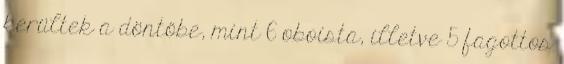
kerültek a döntőbe, mint 6 oboista, illetve 5 fagottos